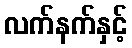
လက်နက်နှင့်